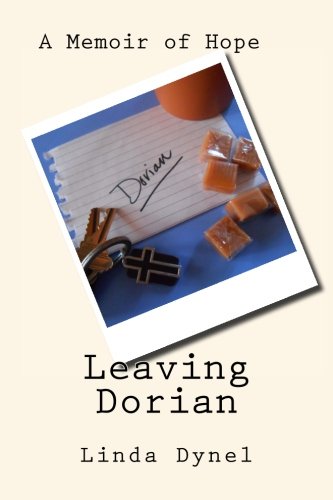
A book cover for Leaving Dorian; Linda Dynel; Literature & Fiction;